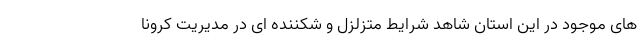
های موجود در این استان شاهد شرایط متزلزل و شکننده ای در مدیریت کرونا